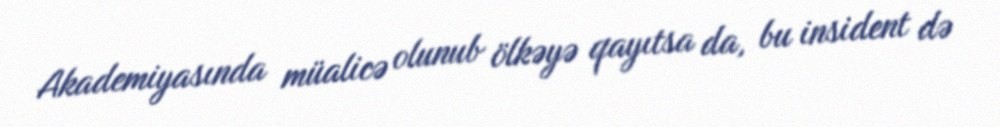
Akademiyasında müalicə olunub ölkəyə qayıtsa da, bu insident də